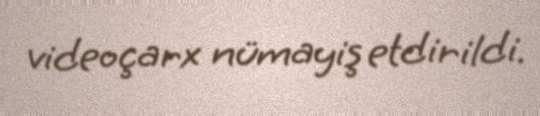
videoçarx nümayiş etdirildi.